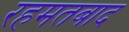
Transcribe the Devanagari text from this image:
रहमतबाद